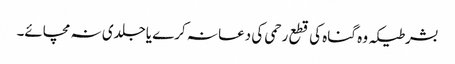
بشرطیکہ وہ گناہ کی قطع رحمی کی دعا نہ کرے یاجلدی نہ مچائے۔